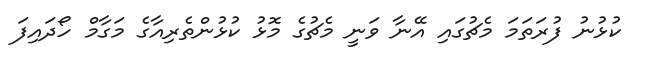
ކުޅުނު ފުރަތަމަ މެޗުގައި އޭނާ ވަނީ މެޗުގެ މޮޅު ކުޅުންތެރިއާގެ މަގާމް ހޯދައިފަ